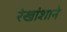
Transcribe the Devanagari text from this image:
रेखांशाने